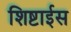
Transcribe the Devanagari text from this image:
शिष्टाईस